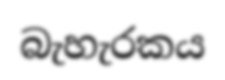
බැහැරකය